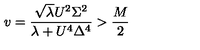
v = \frac { \sqrt { \lambda } U ^ { 2 } \Sigma ^ { 2 } } { \lambda + U ^ { 4 } \Delta ^ { 4 } } > \frac { M } { 2 }